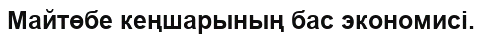
Майтөбе кеңшарының бас экономисі.